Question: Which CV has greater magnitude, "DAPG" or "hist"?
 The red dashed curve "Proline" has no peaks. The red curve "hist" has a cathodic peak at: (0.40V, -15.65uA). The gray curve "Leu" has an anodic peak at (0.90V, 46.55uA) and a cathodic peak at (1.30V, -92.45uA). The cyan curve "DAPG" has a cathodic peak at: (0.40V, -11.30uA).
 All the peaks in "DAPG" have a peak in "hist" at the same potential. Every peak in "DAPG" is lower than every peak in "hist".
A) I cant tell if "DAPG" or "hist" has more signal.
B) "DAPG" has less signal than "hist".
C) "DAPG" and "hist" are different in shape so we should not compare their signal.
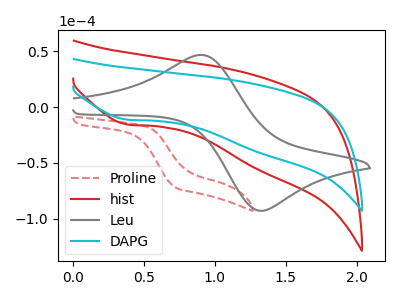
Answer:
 <answer>B) "DAPG" has less signal than "hist".</answer>
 <eval>B</eval>